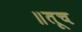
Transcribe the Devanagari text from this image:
॥तूच